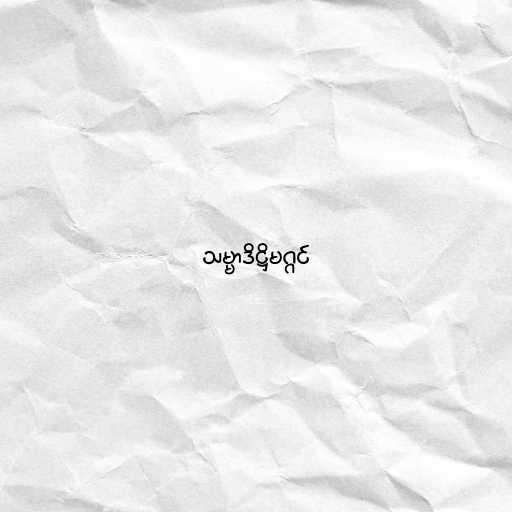
သမ္မာဒိဋ္ဌိမဂ္ဂင်